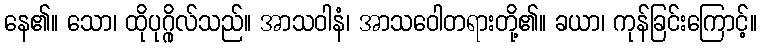
နေ၏။ သော၊ ထိုပုဂ္ဂိုလ်သည်။ အာသဝါနံ၊ အာသဝေါတရားတို့၏။ ခယာ၊ ကုန်ခြင်းကြောင့်။